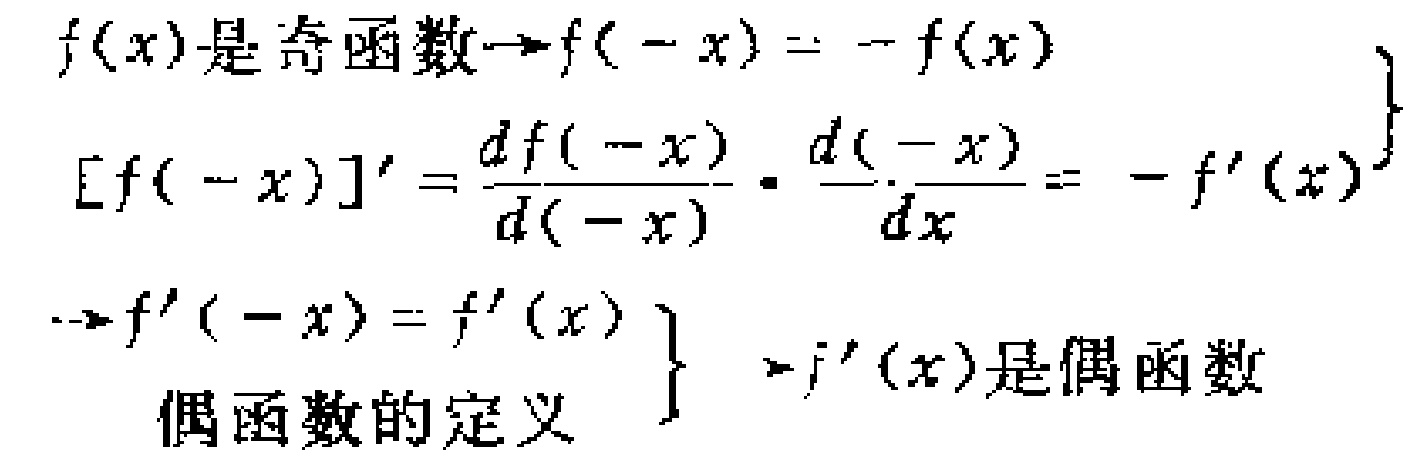
\[

\begin{align*}

&f(x)\text{ 是奇函数}\Rightarrow f(-x)= - f(x)\\

&[f(-x)]'=\frac{df(-x)}{d(-x)}\cdot\frac{d(-x)}{dx}=-f'(x)\\

&\Rightarrow f'(-x)=f'(x)\\

&\text{偶函数的定义}\\

&\left.\begin{array}{l}

\\

\\

\\

\end{array}\right\}\Rightarrow f'(x)\text{ 是偶函数}

\end{align*}

\]